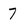
Character: 7